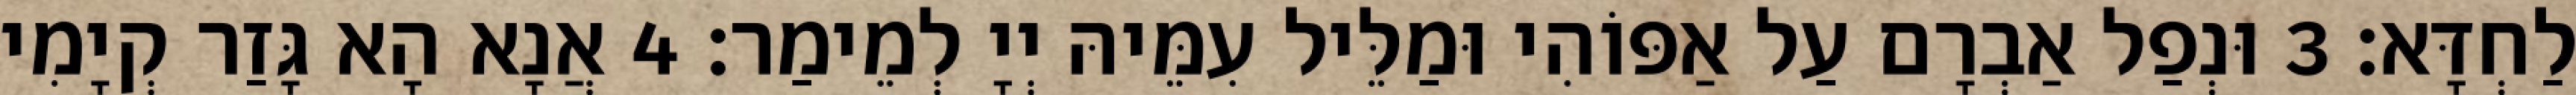
לַחְדָּא׃ 3 וּנְפַל אַבְרָם עַל אַפּוֹהִי וּמַלֵּיל עִמֵּיהּ יְיָ לְמֵימַר׃ 4 אֲנָא הָא גָּזַר קְיָמִי